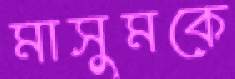
মাসুমকে